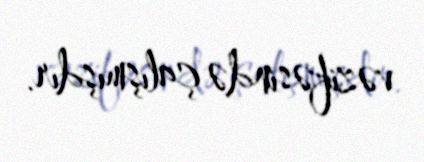
vəzifəsində çalışmışdır.